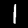
Digit: 1